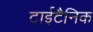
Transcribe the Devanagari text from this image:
टाईटैनिक